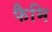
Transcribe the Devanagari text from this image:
फैमि